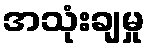
အသုံးချမှု